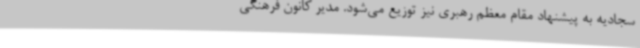
سجادیه به پیشنهاد مقام معظم رهبری نیز توزیع می‌شود. مدیر کانون فرهنگی